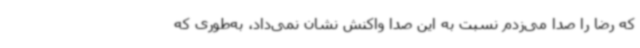
که رضا را صدا می‌زدم نسبت به این صدا واکنش نشان نمی‌داد، به‌طوری که